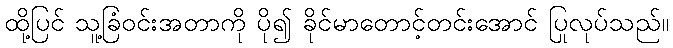
ထို့ပြင် သူ့ခြံဝင်းအတာကို ပို၍ ခိုင်မာတောင့်တင်းအောင် ပြုလုပ်သည်။